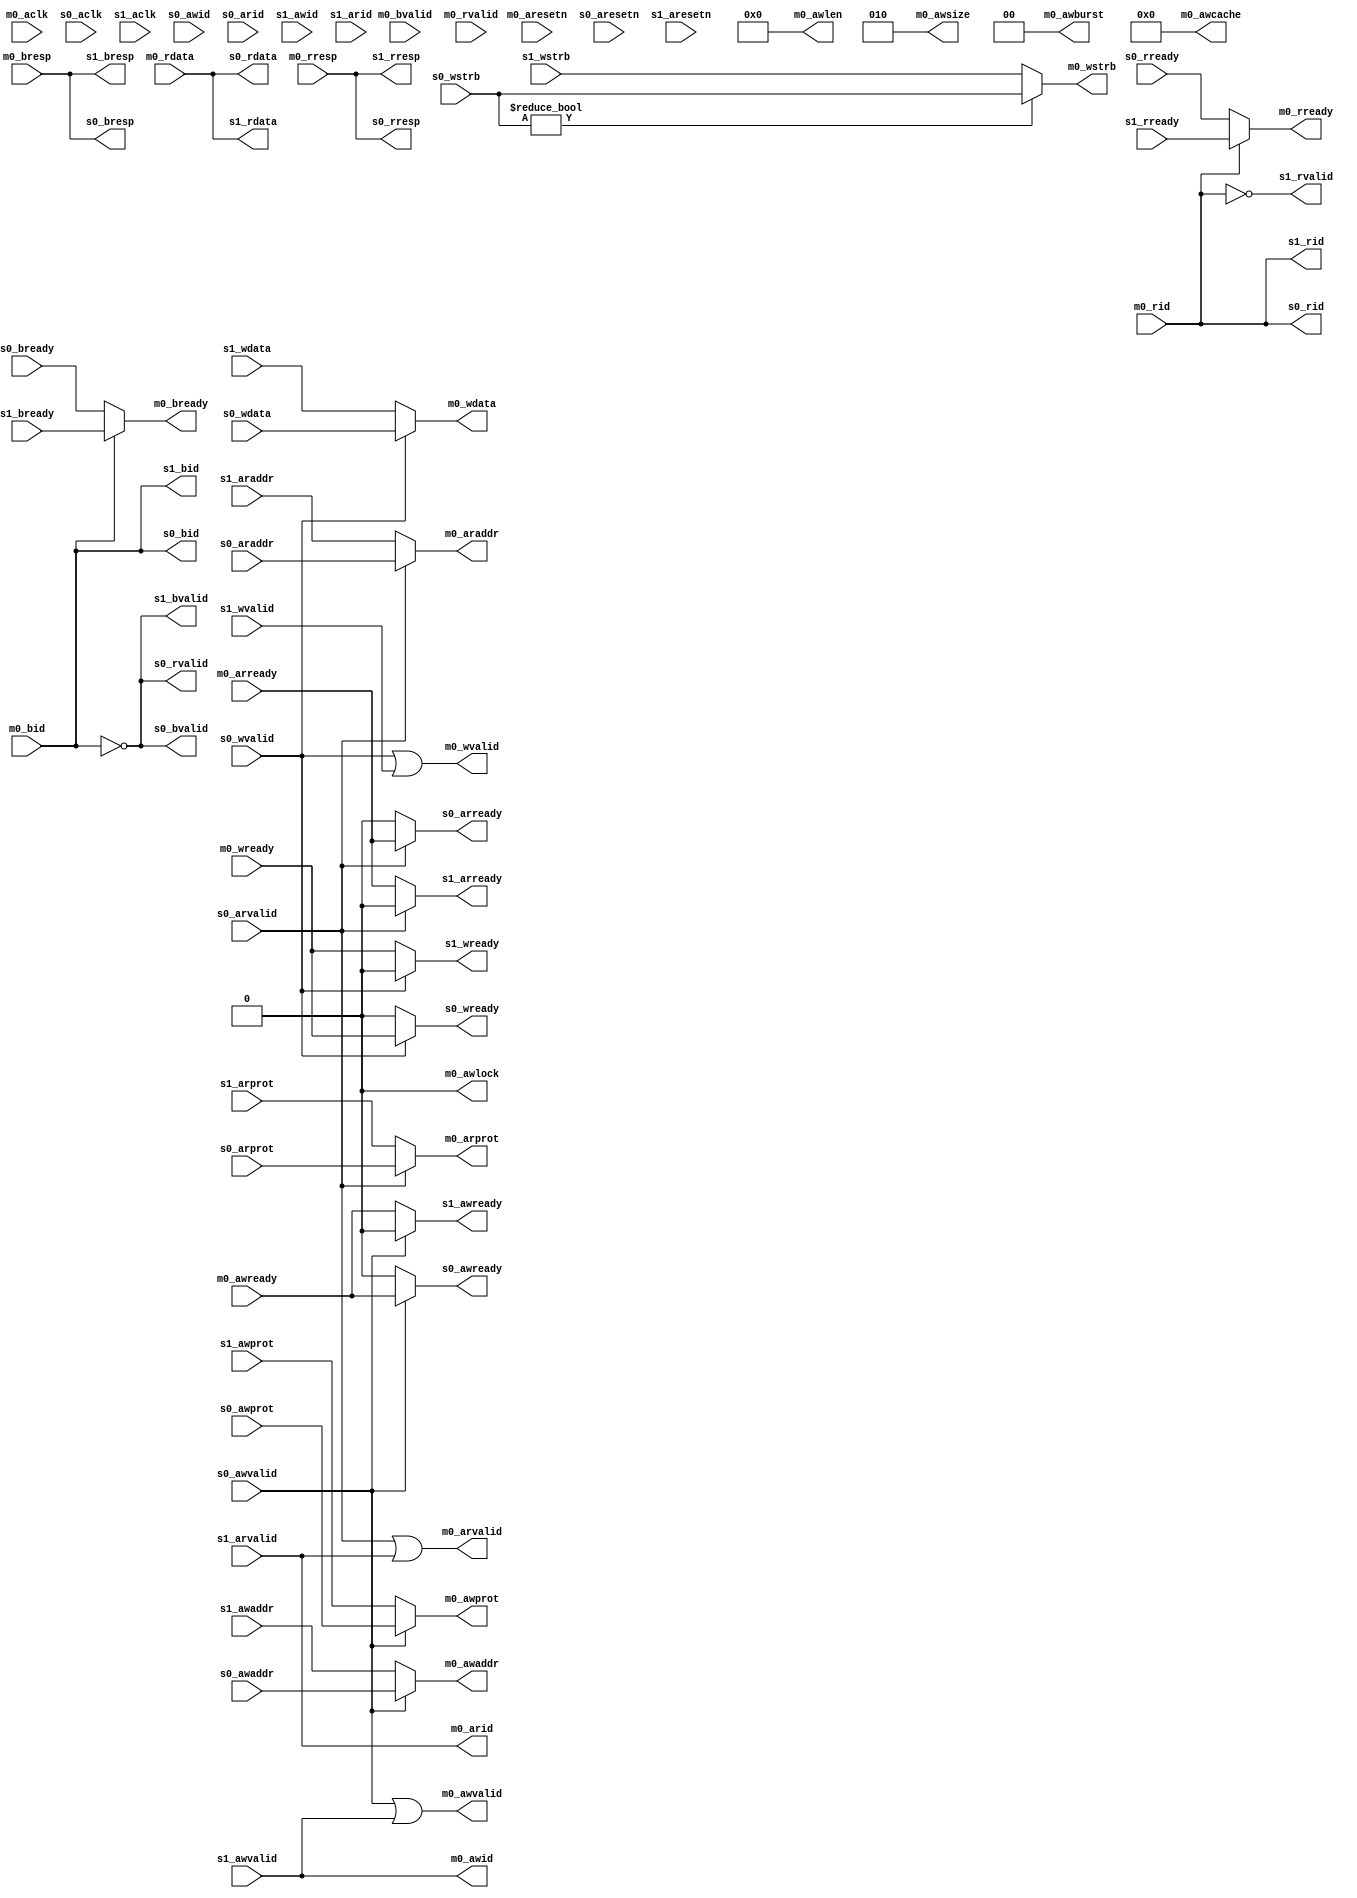

//
// module: frv_axi_mux
//
//  A multiplexing interconnect for AXI busses. Allows two AXI
//  masters to access the same slave.
//
module frv_axi_mux(

// Clock/reset
input  wire        m0_aclk     ,
input  wire        m0_aresetn  ,
input  wire        s0_aclk     ,
input  wire        s0_aresetn  ,
input  wire        s1_aclk     ,
input  wire        s1_aresetn  ,

// AXI4 master interface
output wire        m0_awvalid  ,
output wire [ 7:0] m0_awlen    ,
output wire [ 2:0] m0_awsize   ,
output wire [ 1:0] m0_awburst  ,
output wire        m0_awlock   ,
output wire [ 3:0] m0_awcache  ,
output wire        m0_awid     ,
output wire [31:0] m0_awaddr   ,
output wire [ 2:0] m0_awprot   ,
input  wire        m0_awready  ,

output wire        m0_wvalid   ,
output wire [31:0] m0_wdata    ,
output wire [ 3:0] m0_wstrb    ,
input  wire        m0_wready   ,

output wire        m0_bready   ,
input  wire        m0_bvalid   ,
input  wire        m0_bid      ,
input  wire [ 1:0] m0_bresp    ,

output wire        m0_arvalid  ,
output wire        m0_arid     ,
output wire [31:0] m0_araddr   ,
output wire [ 2:0] m0_arprot   ,
input  wire        m0_arready  ,

output wire        m0_rready   ,
input  wire        m0_rvalid   ,
input  wire        m0_rid      ,
input  wire [31:0] m0_rdata    ,
input  wire [ 1:0] m0_rresp    ,

//
// AXI4 Slave interface 0
input  wire        s0_awvalid  ,
input  wire        s0_awid     ,
input  wire [31:0] s0_awaddr   ,
input  wire [ 2:0] s0_awprot   ,
output wire        s0_awready  ,

input  wire        s0_wvalid   ,
input  wire [31:0] s0_wdata    ,
input  wire [ 3:0] s0_wstrb    ,
output wire        s0_wready   ,

output wire        s0_bvalid   ,
output wire        s0_bid      ,
input  wire        s0_bready   ,
output wire [ 1:0] s0_bresp    ,

input  wire        s0_arvalid  ,
input  wire        s0_arid     ,
output wire        s0_arready  ,
input  wire [31:0] s0_araddr   ,
input  wire [ 2:0] s0_arprot   ,

output wire        s0_rvalid   ,
output wire        s0_rid      ,
input  wire        s0_rready   ,
output wire [31:0] s0_rdata    ,
output wire [ 1:0] s0_rresp    ,


//
// AXI4 Slave interface 1
input  wire        s1_awvalid  ,
input  wire        s1_awid     ,
output wire        s1_awready  ,
input  wire [31:0] s1_awaddr   ,
input  wire [ 2:0] s1_awprot   ,

input  wire        s1_wvalid   ,
output wire        s1_wready   ,
input  wire [31:0] s1_wdata    ,
input  wire [ 3:0] s1_wstrb    ,

output wire        s1_bvalid   ,
output wire        s1_bid      ,
input  wire        s1_bready   ,
output wire [ 1:0] s1_bresp    ,

input  wire        s1_arvalid  ,
input  wire        s1_arid     ,
output wire        s1_arready  ,
input  wire [31:0] s1_araddr   ,
input  wire [ 2:0] s1_arprot   ,

output wire        s1_rvalid   ,
output wire        s1_rid      ,
input  wire        s1_rready   ,
output wire [31:0] s1_rdata    ,
output wire [ 1:0] s1_rresp    

);

parameter  ID_WIDTH = 0             ;
localparam I1       = ID_WIDTH + 1  ;
localparam I0       = ID_WIDTH      ;

//
// AW channel

assign m0_awvalid = s0_awvalid || s1_awvalid;
assign m0_awid    = s1_awvalid;
assign m0_awaddr  = s0_awvalid ? s0_awaddr : s1_awaddr ;
assign m0_awprot  = s0_awvalid ? s0_awprot : s1_awprot ;

assign m0_awlen   = 0;
assign m0_awsize  = 3'b010;
assign m0_awburst = 2'b00;
assign m0_awlock  = 1'b0;
assign m0_awcache = 4'b0000;

assign s0_awready = s0_awvalid ? m0_awready : 1'b0      ;
assign s1_awready = s0_awvalid ? 1'b0       : m0_awready;

//
// AR channel

assign m0_arvalid = s0_arvalid || s1_arvalid;
assign m0_arid    = s1_arvalid;
assign m0_araddr  = s0_arvalid ? s0_araddr : s1_araddr ;
assign m0_arprot  = s0_arvalid ? s0_arprot : s1_arprot ;

assign s0_arready = s0_arvalid ? m0_arready : 1'b0      ;
assign s1_arready = s0_arvalid ? 1'b0       : m0_arready;

//
// W channel

assign m0_wvalid = s0_wvalid || s1_wvalid;
assign m0_wdata  = s0_wvalid ? s0_wdata : s1_wdata ;
assign m0_wstrb  = s0_wstrb  ? s0_wstrb : s1_wstrb ;

assign s0_wready = s0_wvalid ? m0_wready : 1'b0      ;
assign s1_wready = s0_wvalid ? 1'b0       : m0_wready;

//
// B channel

wire   b_chansel = m0_bid;

assign s0_bvalid = !b_chansel;
assign s0_bid    = m0_bid;
assign s0_bresp  = m0_bresp;

assign s1_bvalid = !b_chansel;
assign s1_bid    = m0_bid;
assign s1_bresp  = m0_bresp;

assign m0_bready = b_chansel ? s1_bready : s0_bready;

//
// R channel

wire   r_chansel = m0_rid;

assign s0_rvalid = !b_chansel;
assign s0_rid    = m0_rid;
assign s0_rresp  = m0_rresp ;
assign s0_rdata  = m0_rdata;

assign s1_rvalid = !r_chansel;
assign s1_rid    = m0_rid;
assign s1_rresp  = m0_rresp;
assign s1_rdata  = m0_rdata;

assign m0_rready = r_chansel ? s1_rready : s0_rready;

endmodule